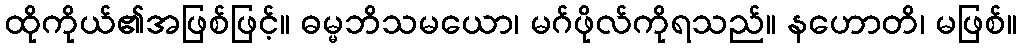
ထိုကိုယ်၏အဖြစ်ဖြင့်။ ဓမ္မဘိသမယော၊ မဂ်ဖိုလ်ကိုရသည်။ နဟောတိ၊ မဖြစ်။